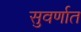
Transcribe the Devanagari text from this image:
सुवर्णात